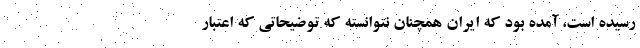
رسیده است، آمده بود که ایران همچنان نتوانسته که توضیحاتی که اعتبار